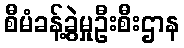
စီမံခန့်ခွဲမှုဦးစီးဌာန